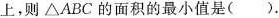
上，则△ABC的面积的最小值是（）。